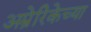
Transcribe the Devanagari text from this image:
अम्रेरिकेच्या